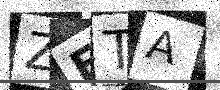
Text: ZFTA